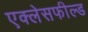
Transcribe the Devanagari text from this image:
एक्लेसफील्ड